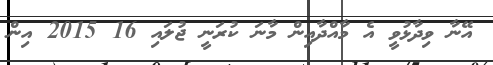
އޭނާ ވިދާޅުވީ އެ މާއްދާއިން މާނަ ކުރަނީ ޖުލައި 16 2015 އިން